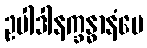
ဥပါဒါနက္ခန္ဓာနံပေ